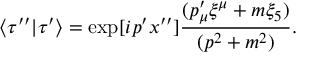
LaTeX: \langle \tau ^ { \prime \prime } | \tau ^ { \prime } \rangle = \exp [ i p ^ { \prime } x ^ { \prime \prime } ] { \frac { ( p _ { \mu } ^ { \prime } \xi ^ { \mu } + m \xi _ { 5 } ) } { ( p ^ { 2 } + m ^ { 2 } ) } } .